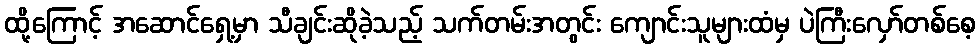
ထို့ကြောင့် အဆောင်ရှေ့မှာ သီချင်းဆိုခဲ့သည့် သက်တမ်းအတွင်း ကျောင်းသူများထံမှ ပဲကြီးလှော်တစ်စေ့